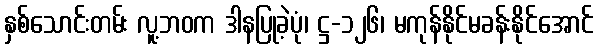
နှစ်သောင်းတမ်း လူ့ဘဝက ဒါနပြုခဲ့ပုံ၊ ဋ္ဌ-၁၂၆၊ မကုန်နိုင်မခန်းနိုင်အောင်